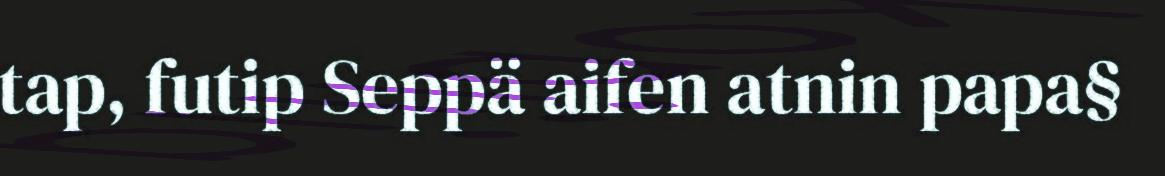
tap, futip Seppä aifen atnin papa§